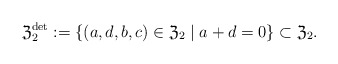
\begin{align*} \mathfrak{Z}_2^{\det} := \{(a,d,b,c) \in \mathfrak{Z}_2 \mid a + d = 0\} \subset \mathfrak{Z}_2. \end{align*}